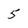
Character: 5